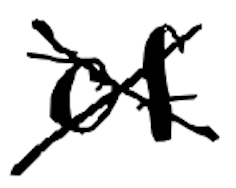
Text: of
Cross-out: cross
Writing tool: digital_black